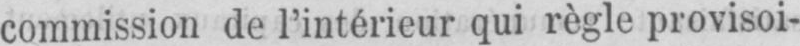
commission de l’intérieur qui règle provisoi-